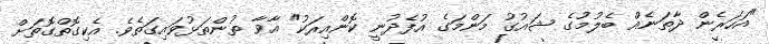
"އަހަރެން ދާތަނެއް ބެލުމުގެ ޝައުގު މަންމަގެ އުފެދުނީ ކޮންއިރަކު" އާވާ ތުންތަޅުވައިގަތެވެ. އެކިގޮތްގޮތަށް